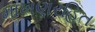
માખણરહિત